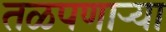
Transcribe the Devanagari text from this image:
तळपणार्‍या